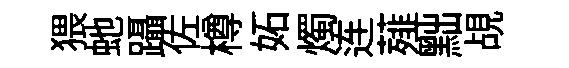
猥虵躡佐樽妬燭连薤黜覘